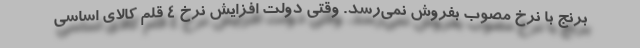
برنج با نرخ مصوب بفروش نمی‌رسد. وقتی دولت افزایش نرخ 4 قلم کالای اساسی